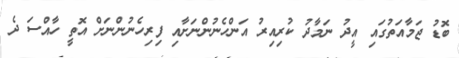
ބޮޑު ޖަމާއަތުގައި އީދު ނަމާދު ކުރިއިރު އަންހެނުންނަށާއި ފިރިހެނުންނަށް އޮތީ ހާއްސަ ދެ